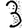
Digit: 3